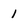
Character: 1